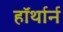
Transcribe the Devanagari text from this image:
हॉर्थार्न